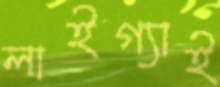
লাইগ্যাই